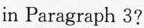
in Paragraph 3?